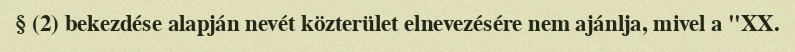
§ (2) bekezdése alapján nevét közterület elnevezésére nem ajánlja, mivel a "XX.